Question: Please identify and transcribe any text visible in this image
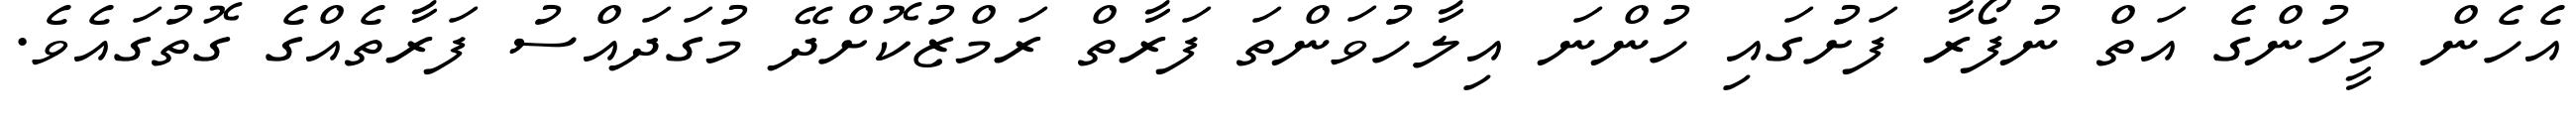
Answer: އެހެން މީހުންގެ އަތް ނުފޯރާ ފަށުގައި ހުންނަ އިލާހުވަންތަ ފަރާތް ރަމްޒުކޮށްދޭ މުގަދައްސު ފަރާތެއްގެ ގޮތުގައެވެ.